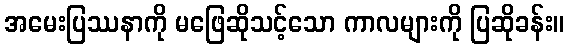
အမေးပြဿနာကို မဖြေဆိုသင့်သော ကာလများကို ပြဆိုခန်း။